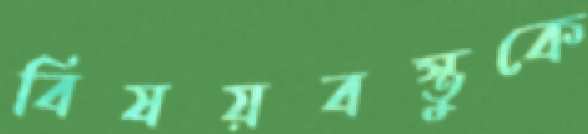
বিষয়বস্তুকে